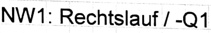
Text: NW1: Rechtslauf / -Q1